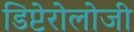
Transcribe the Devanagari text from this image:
डिप्टेरोलोजी